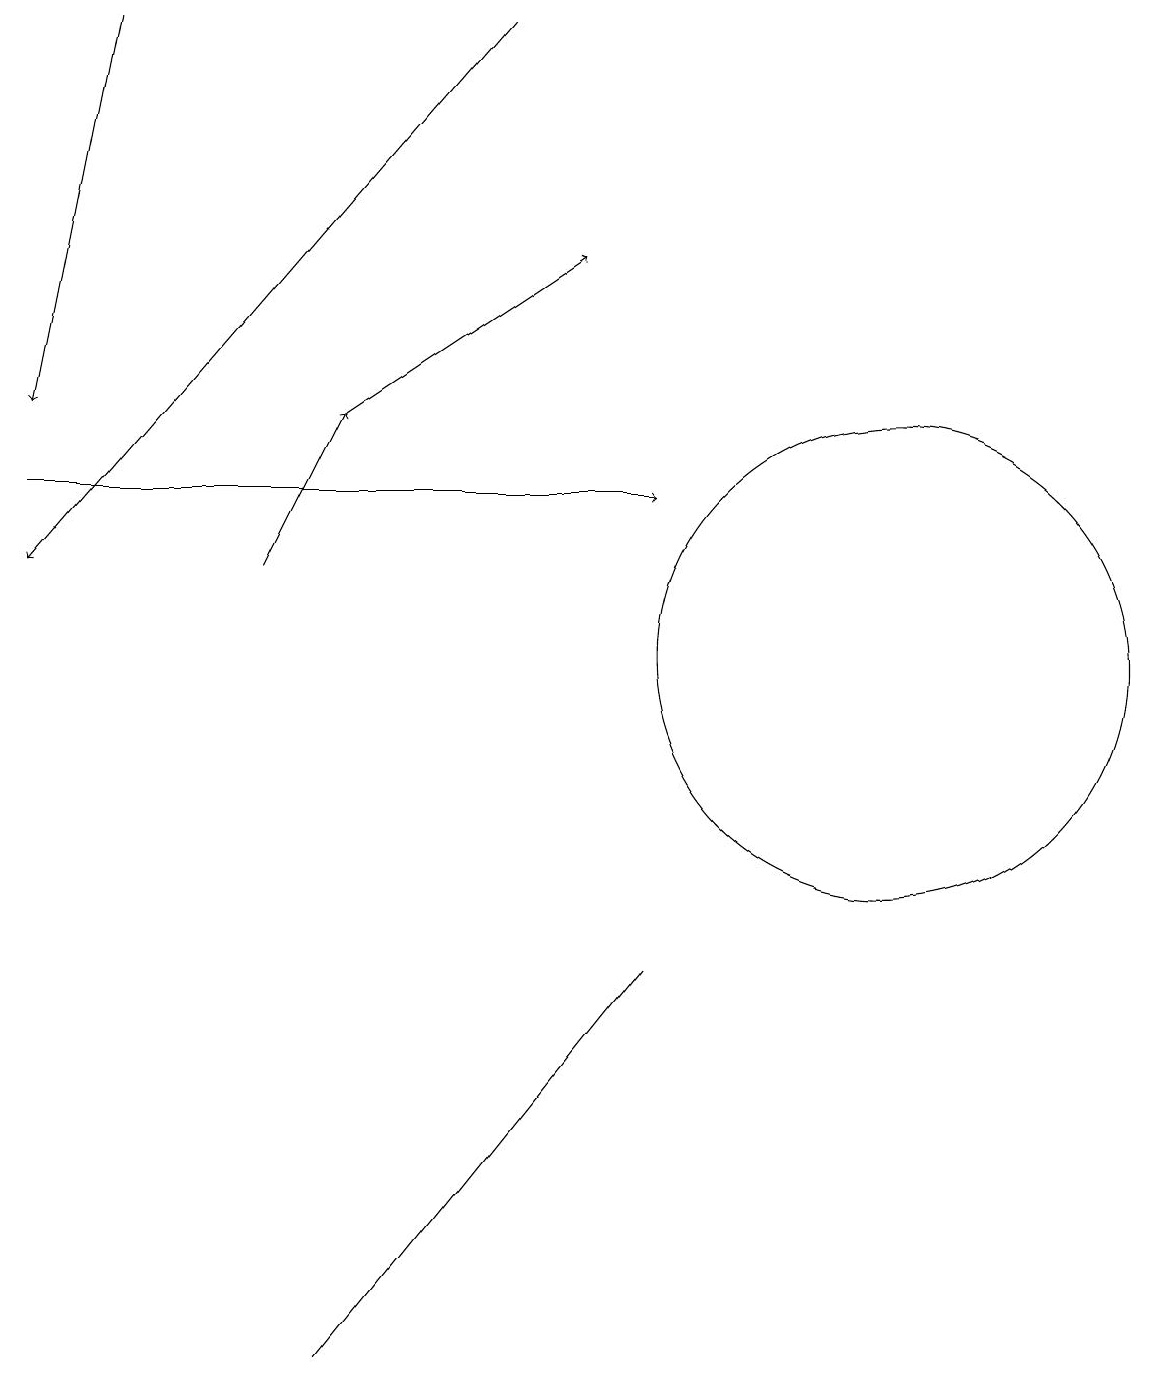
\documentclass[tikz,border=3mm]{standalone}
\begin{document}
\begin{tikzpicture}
\draw (12,11) circle (3);
\draw[->] (1,13) -- (9,13);
\draw[->] (2,19) -- (1,14);
\draw (5,2) -- (5,2) -- (9,7) -- cycle;
\draw[->] (4,12) -- (5,14);
\draw[->] (7,19) -- (1,12);
\draw[->] (5,14) -- (8,16);
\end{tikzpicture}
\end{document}